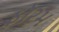
ફૉરમ